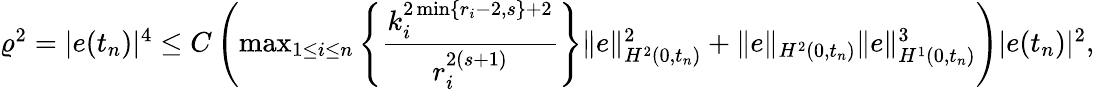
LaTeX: \begin{array}{r}{{\varrho}^{2}=|e(t_{n})|^{4}\leq C\left(\operatorname*{max}_{1\leq i\leq n}\left\{ \displaystyle\frac{k_{i}^{2\operatorname*{min}\{ r_{i}-2,s\} +2}}{r_{i}^{2(s+1)}}\right\} \| e\| _{H^{2}(0,t_{n})}^{2}+\| e\| _{H^{2}(0,t_{n})}\| e\| _{H^{1}(0,t_{n})}^{3}\right)|e(t_{n})|^{2},}\end{array}